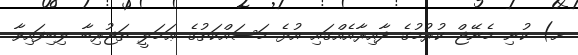
ށ) ކުނި މެނޭޖް ކުރުމުގެ ދާއިރާއެއްގައި އުޅެ މަސައްކަތުގެ ޢަމަލީ ތަޖުރިބާ ލިބިފައިވާ